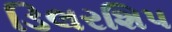
ડિલરશિપ